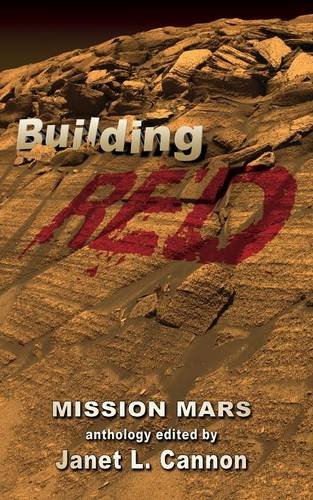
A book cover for Mission Mars: Building Red; Science Fiction & Fantasy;